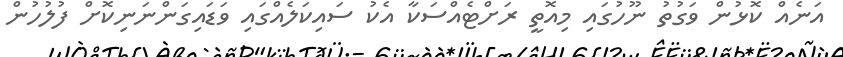
އަނެއް ކޮޅުން ވަގުތު ނޫހުގައި މިއޮތީ ރަށްޓެއްސަކާ އެކު ސައިކަލެއްގައި ވަޑައިގަންނަނިކޮށް ފުލުހުން